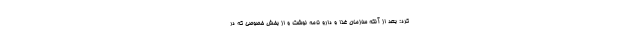
کرد: بعد از آنکه سازمان غذا و دارو نامه نوشت و از بخش خصوصی که در